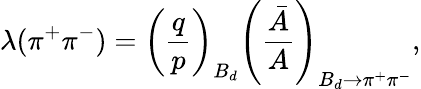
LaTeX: \lambda(\pi^{+}\pi^{-})=\left(\frac{q}{p}\right)_{B_{d}}\left(\frac{\bar{A}}{A}\right)_{B_{d}\rightarrow\pi^{+}\pi^{-}},